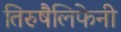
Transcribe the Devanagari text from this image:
तिरुषैलिफेनी